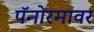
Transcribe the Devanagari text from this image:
पॅनोरमावर